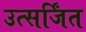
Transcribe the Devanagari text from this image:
उत्सर्जिंत